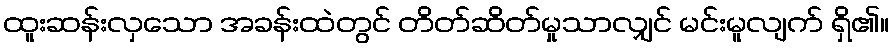
ထူးဆန်းလှသော အခန်းထဲတွင် တိတ်ဆိတ်မှုသာလျှင် မင်းမူလျက် ရှိ၏။